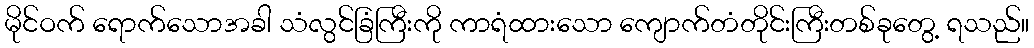
မိုင်ဝက် ရောက်သောအခါ သံလွင်ခြံကြီးကို ကာရံထားသော ကျောက်တံတိုင်းကြီးတစ်ခုတွေ့ ရသည်။